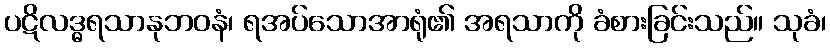
ပဋိလဒ္ဓရသာနုဘဝနံ၊ ရအပ်သောအာရုံ၏ အရသာကို ခံစားခြင်းသည်။ သုခံ၊